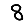
Digit: 8